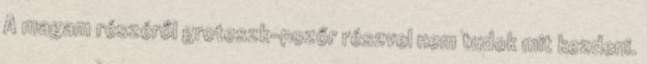
A magam részéről groteszk-pozőr részvel nem tudok mit kezdeni.